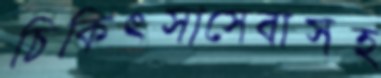
চিকিৎসাসেবাসহ